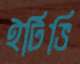
ইটিভি